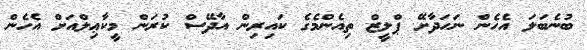
ބުނެބަލަ އެހެން ނަހަދާށޭ ޕްލީޒް ތިއެންމެގެ ކައިރިން އާދޭސް ކުރަން މީކާޢިލްއަށް އެހެން